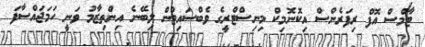
ޓާމްސް އޮފް ރިފަރެންސް އިކޮނޮމިކް މިނިސްޓްރީގެ ވެބްސައިޓުން ލިބޭނެ އިންތިޒާމު ވަނީ ހަމަޖައްސާފަ